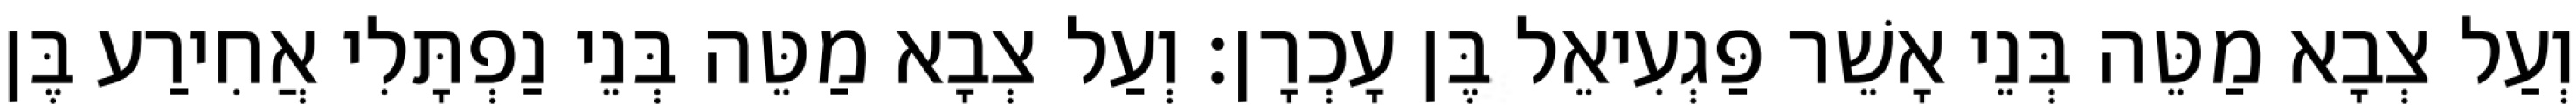
וְעַל צְבָא מַטֵּה בְּנֵי אָשֵׁר פַּגְעִיאֵל בֶּן עָכְרָן׃ וְעַל צְבָא מַטֵּה בְּנֵי נַפְתָּלִי אֲחִירַע בֶּן